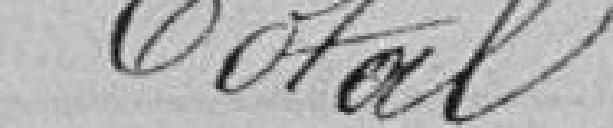
Total